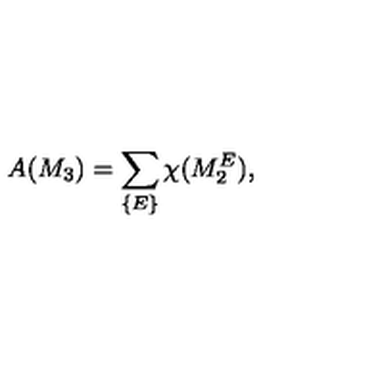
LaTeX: A ( M _ { 3 } ) = \sum _ { \{ E \} } \chi ( M _ { 2 } ^ { E } ) ,